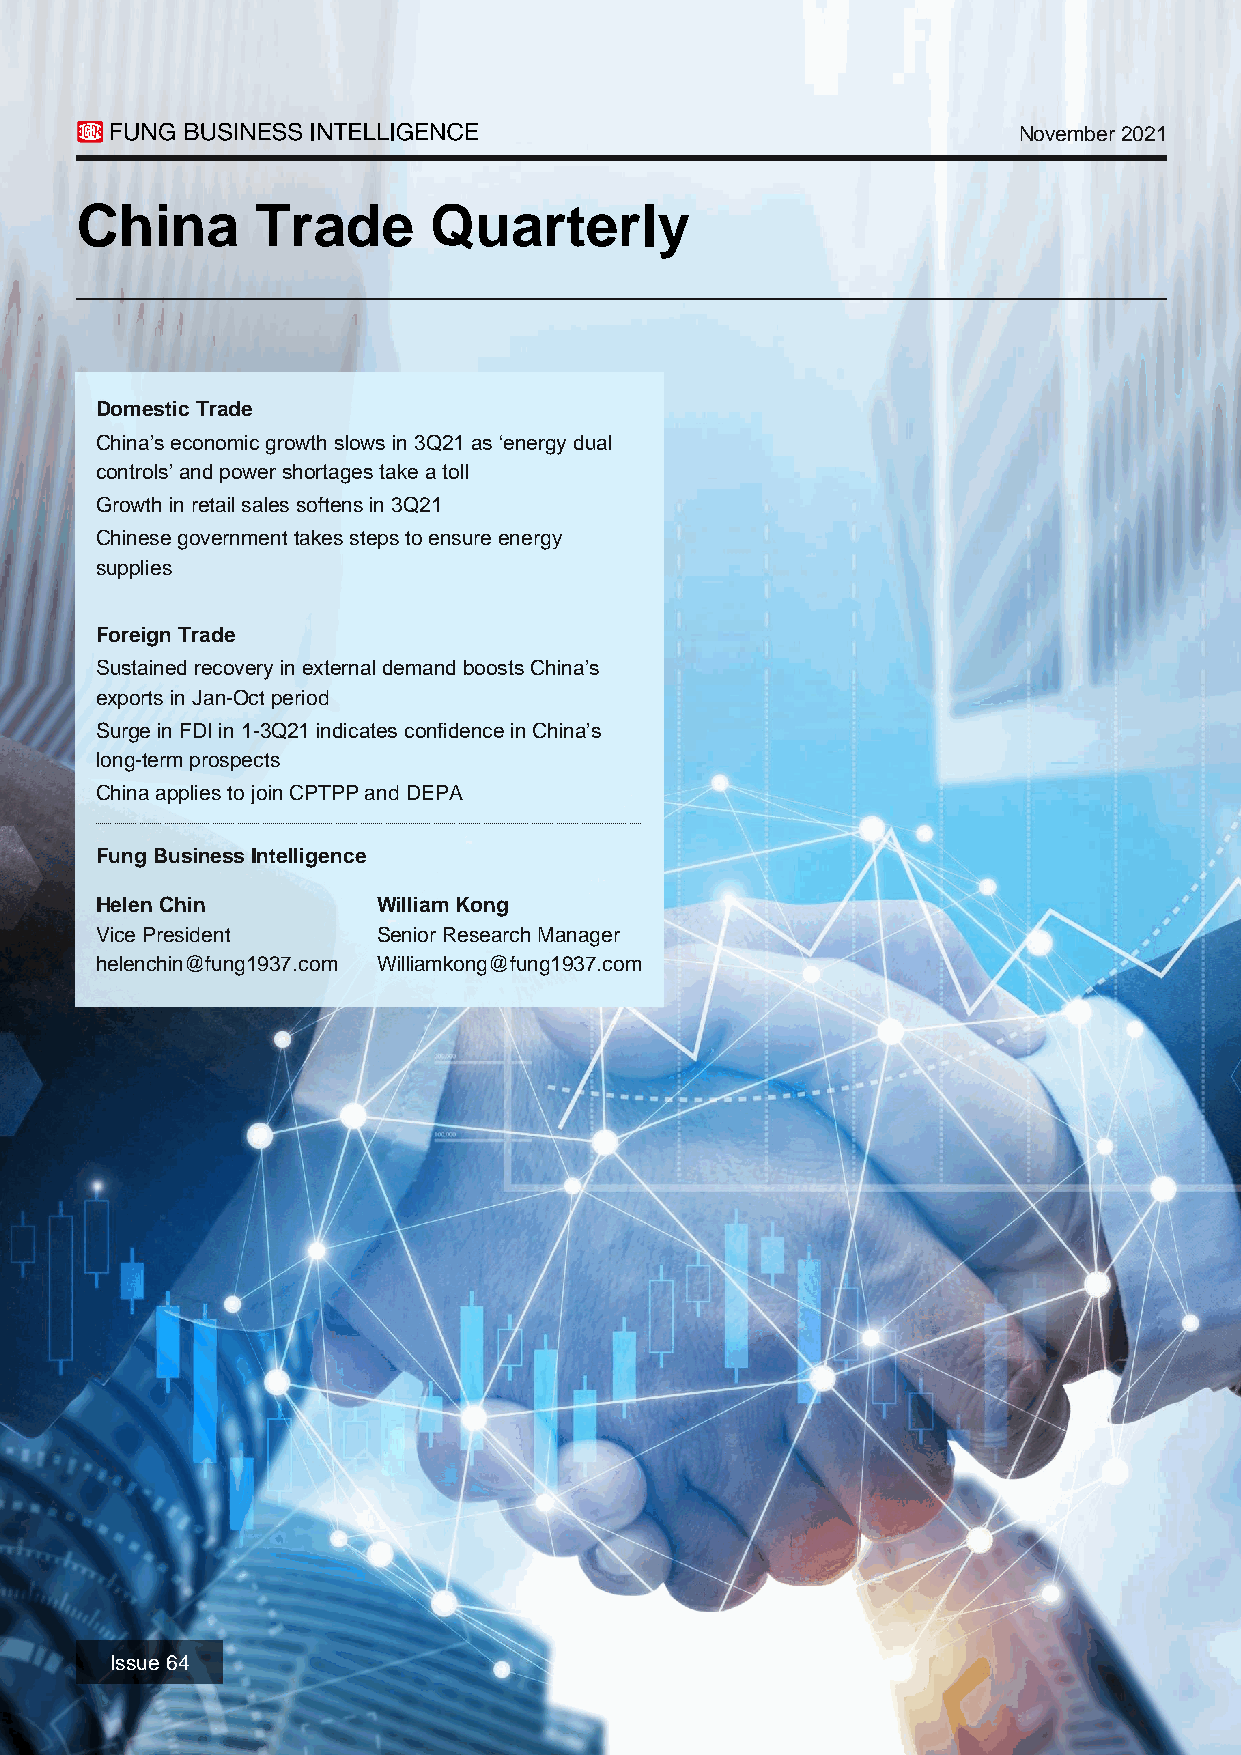
November 2021
 China       Trade      Quarterly
 Domestic Trade
 China’s economic growth slows in 3Q21 as ‘energy dual
 controls’ and power shortages take a toll
 Growth in retail sales softens in 3Q21
 Chinese government takes steps to ensure energy
 supplies
 Foreign Trade
 Sustained recovery in external demand boosts China’s
 exports in Jan-Oct period
 Surge in FDI in 1-3Q21 indicates confidence in China’s
 long-term prospects
 China applies to join CPTPP and DEPA
 Fung Business Intelligence
 Helen Chin         William Kong
 Vice President     Senior Research Manager
 helenchin@fung1937.com Williamkong@fung1937.com
 Issue 64